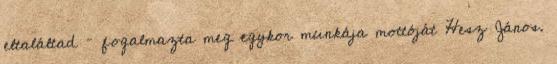
eltaláltad – fogalmazta meg egykor munkája mottóját Hesz János.